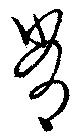
肖